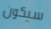
سيكون